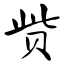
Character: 赀